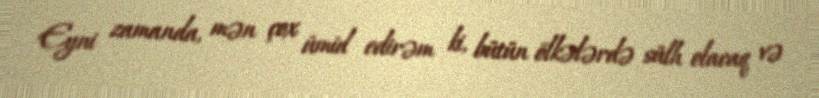
Eyni zamanda, mən çox ümid edirəm ki, bütün ölkələrdə sülh olacaq və